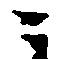
ニ